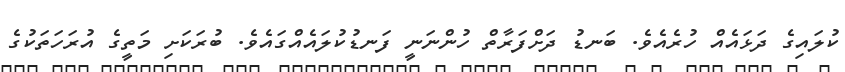
ކުލައިގެ ދަޅައެއް ހުރެއެވެ. ބަނޑު ދަށްފަރާތް ހުންނަނީ ފަނޑުކުލައެއްގައެވެ. ބުރަކަށި މަތީގެ އުރަހަތަކުގެ